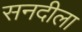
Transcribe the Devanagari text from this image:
सनदीला